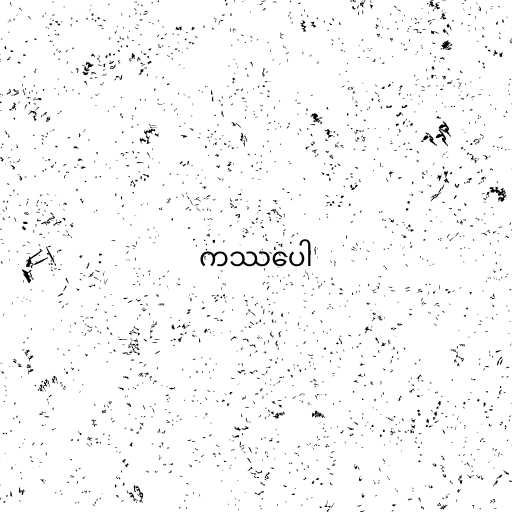
ကဿပေါ